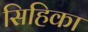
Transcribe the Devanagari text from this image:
सिहिका